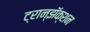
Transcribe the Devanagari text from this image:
ट्रान्झॅक्शन